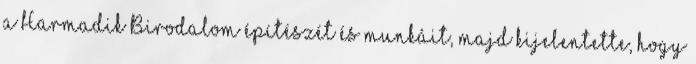
a Harmadik Birodalom építészét és munkáit, majd kijelentette, hogy